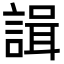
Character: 諿